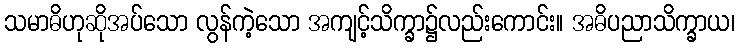
သမာဓိဟုဆိုအပ်သော လွန်ကဲ့သော အကျင့်သိက္ခာ၌လည်းကောင်း။ အဓိပညာသိက္ခာယ၊